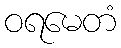
ဝရမေတံ